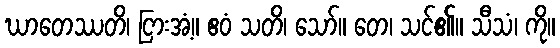
ဃာတေဿတိ၊ ငြားအံ့။ ဧဝံ သတိ၊ သော်။ တေ၊ သင်၏။ သီသံ၊ ကို။